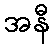
အနီ